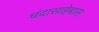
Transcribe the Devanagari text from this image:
चंदासाहेबास